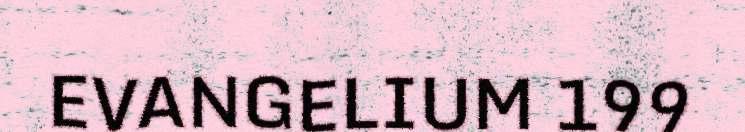
EVANGELIUM 199